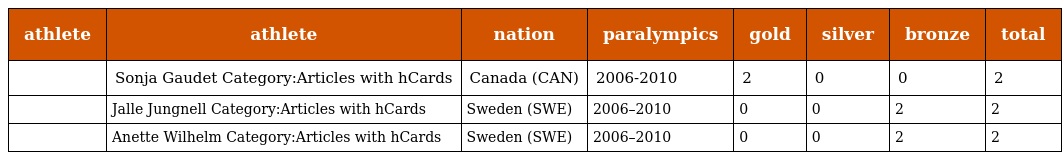
| athlete | athlete | nation | paralympics | gold | silver | bronze | total |
 | --- | --- | --- | --- | --- | --- | --- | --- |
 |  | Sonja Gaudet Category:Articles with hCards | Canada (CAN) | 2006-2010 | 2 | 0 | 0 | 2 |
 |  | Jalle Jungnell Category:Articles with hCards | Sweden (SWE) | 2006–2010 | 0 | 0 | 2 | 2 |
 |  | Anette Wilhelm Category:Articles with hCards | Sweden (SWE) | 2006–2010 | 0 | 0 | 2 | 2 |